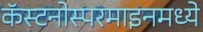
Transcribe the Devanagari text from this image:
कॅस्टनोस्परमाइनमध्ये